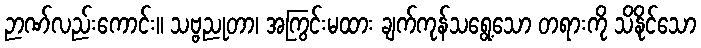
ဉာဏ်လည်းကောင်း။ သဗ္ဗညုတာ၊ အကြွင်းမထား ချက်ကုန်သရွေ့သော တရားကို သိနိုင်သော